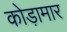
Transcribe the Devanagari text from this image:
कोड़ामार